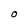
Character: 0